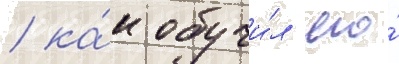
/ ка́к обучи́л его́